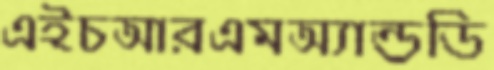
এইচআরএমঅ্যান্ডডি